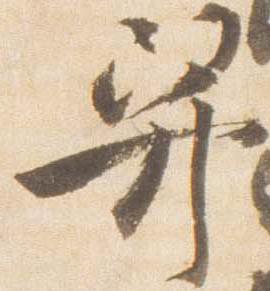
舁